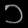
Digit: ၁